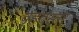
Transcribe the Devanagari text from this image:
वृहदस्तर